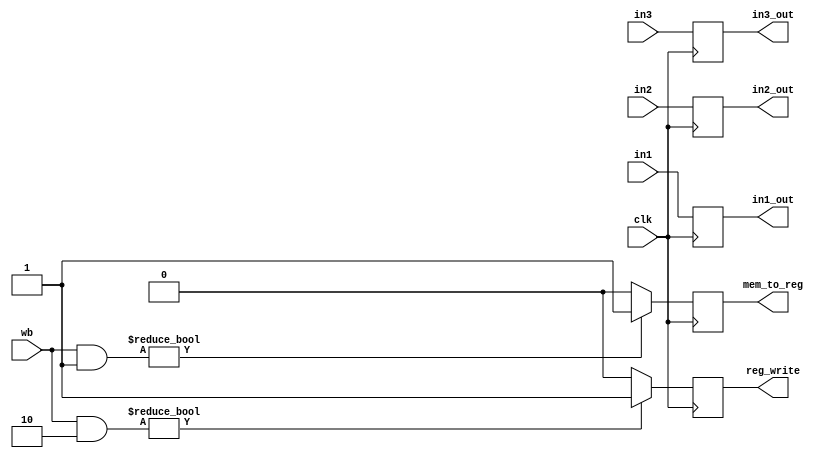
module MEM_WB
(
    clk,
    wb,
    in1,
    in2,
    in3,
    reg_write,
    mem_to_reg,
    in1_out,
    in2_out,
    in3_out
);

input           clk;
input   [1:0]   wb;
input   [31:0]  in1,in2;
input   [4:0]   in3;

output          reg_write, mem_to_reg;
output  [31:0]  in1_out,in2_out;
output  [4:0]   in3_out;

reg             reg_write, mem_to_reg;
reg     [31:0]  in1_out,in2_out;
reg     [4:0]   in3_out;

initial begin
    reg_write <= 0;
    mem_to_reg <= 0;
    in1_out <= 0;
    in2_out <= 0;
    in3_out <= 0;
end

always @( posedge clk ) begin
    //m_out <= m;
    reg_write  <= (wb & 2'b10) ? 1'b1 : 1'b0;
    mem_to_reg <= (wb & 2'b01) ? 1'b1 : 1'b0;
    in1_out <= in1;
    in2_out <= in2;
    in3_out <= in3;
end

endmodule